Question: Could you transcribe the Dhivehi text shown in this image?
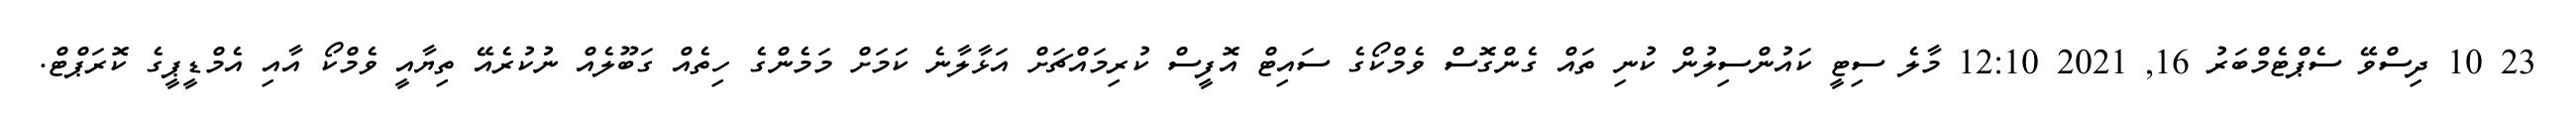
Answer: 23 10 ދިސްވޭ ސެޕްޓެމްބަރު 16, 2021 12:10 މާލެ ސިޓީ ކައުންސިލުން ކުނި ތައް ގެންގޮސް ވެމްކޯގެ ސައިޓް އޮފީސް ކުރިމައްޗަށް އަޅާލާނެ ކަމަށް މަމެންގެ ހިތެއް ގަބޫލެއް ނުކުރެއޭ ތިޔާއީ ވެމްކޯ އާއި އެމްޑީޕީގެ ކޮރަޕްޓް.